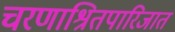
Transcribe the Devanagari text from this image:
चरणाश्रितपारिजात